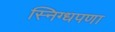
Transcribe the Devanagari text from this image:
स्निग्धपणा